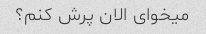
میخوای الان پرش کنم؟